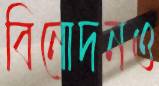
বিনোদনও